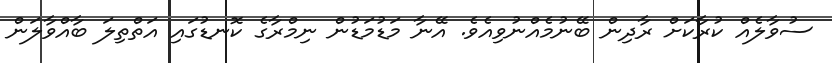
ސުވާލެއް ކުރާކަށް ރާދިން ބޭނުމެއްނުވިއެވެ. އޭނާ މަޑުމަޑުން ނިމްރާގެ ކޮނޑުގައި އަތްތިލަ ބާއްވާލަން